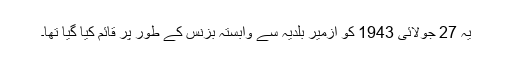
یہ 27 جولائی 1943 کو ازمیر بلدیہ سے وابستہ بزنس کے طور پر قائم کیا گیا تھا۔